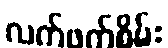
လက်ဖက်စိမ်း